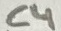
Text: C4